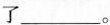
了___。